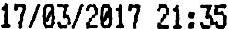
17/03/2017 21:35